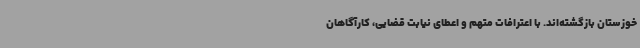
خوزستان بازگشته‌اند. با اعترافات متهم و اعطای نیابت قضایی، کارآگاهان